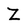
Character: Z